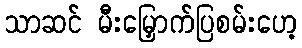
သာဆင် မီးမြှောက်ပြစမ်းဟေ့